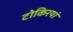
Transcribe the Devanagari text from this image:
टोकिरयां